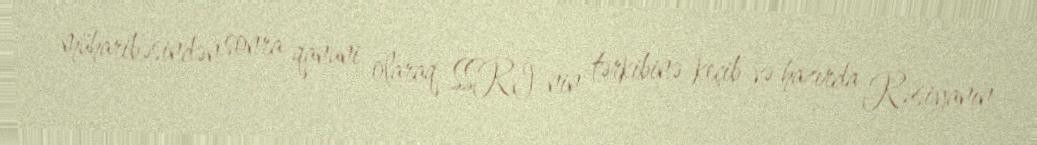
müharibəsindən sonra qanuni olaraq SSRİ-nin tərkibinə keçib və hazırda Rusiyanın